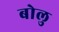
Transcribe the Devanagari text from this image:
बोलु